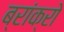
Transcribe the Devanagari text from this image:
ब्रांक्रो